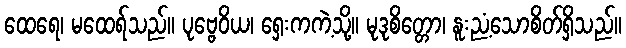
ထေရေ၊ မထေရ်သည်။ ပုဗ္ဗေဝိယ၊ ရှေးကကဲ့သို့။ မုဒုစိတ္တော၊ နူးညံ့သောစိတ်ရှိသည်။